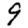
Digit: 9